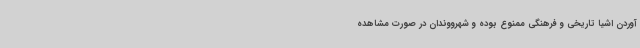
آوردن اشیا تاریخی و فرهنگی ممنوع بوده و شهرووندان در صورت مشاهده